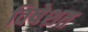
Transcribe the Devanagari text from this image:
विषेशत